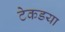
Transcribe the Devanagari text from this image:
टेकडया